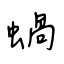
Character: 蝸